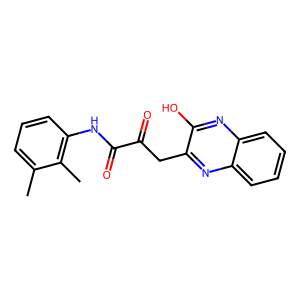
SMILES: Cc1cccc(NC(=O)C(=O)Cc2nc3ccccc3nc2O)c1C
Inhibits HIV replication: No